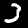
Label: 3